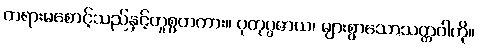
တရားမစောင့်သည်နှင့်တူစွတကား။ ပုတုပ္ပဇာယ၊ များစွာသောသတ္တဝါကို။